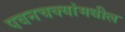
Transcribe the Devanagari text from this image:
पवनचक्यांमधील